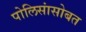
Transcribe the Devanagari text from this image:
पोलिसांसोबत